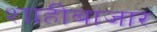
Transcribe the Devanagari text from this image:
शाहीबाजार